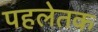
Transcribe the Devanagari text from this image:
पहलेतक